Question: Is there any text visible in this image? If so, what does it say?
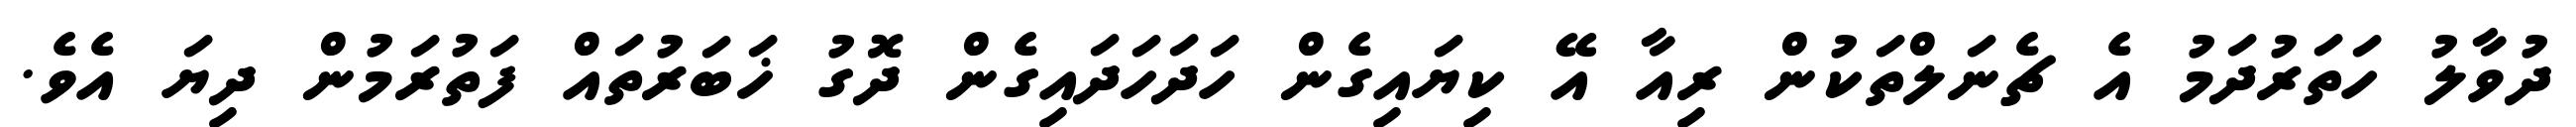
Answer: ދުވާލު ހަތަރުދަމު އެ ޗެނަލްތަކުން ރިއާ އޭ ކިޔައިގެން ހަދަހަދައިގެން ދޮގު ޚަބަރުތައް ފަތުރަމުން ދިޔަ އެވެ.